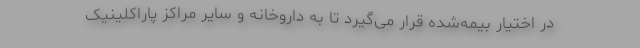
در اختیار بیمه‌شده قرار می‌گیرد تا به داروخانه و سایر مراکز پاراکلینیک